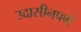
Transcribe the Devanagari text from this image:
उदासीनपणे